Document type: Sale
Year: 1423
Scribe: Joan Franc
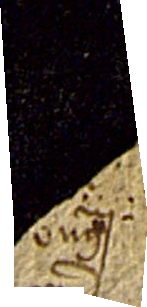
Berengarii